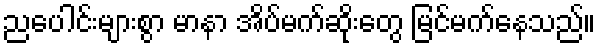
ညပေါင်းများစွာ မာနာ အိပ်မက်ဆိုးတွေ မြင်မက်နေသည်။